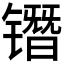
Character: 𰾷